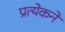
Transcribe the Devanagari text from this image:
प्रत्येकने